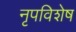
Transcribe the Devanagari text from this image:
नृपविशेष